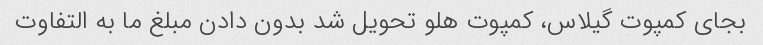
بجای کمپوت گیلاس، کمپوت هلو تحویل شد بدون دادن مبلغ ما به التفاوت